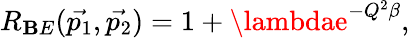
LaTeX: R_{\mathbf{B}E}(\vec{{p_{1}}},\vec{{p_{2}}})=1+\lambdae^{-Q^{2}\beta},